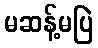
မဆန့်မပြဲ